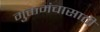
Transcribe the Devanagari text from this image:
मुक्तमंचासाठी